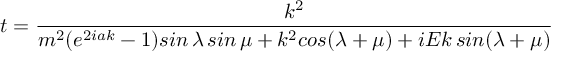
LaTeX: t = \frac { k ^ { 2 } } { m ^ { 2 } ( e ^ { 2 i a k } - 1 ) s i n \, \lambda \, s i n \, \mu + k ^ { 2 } c o s ( \lambda + \mu ) + i E k \, s i n ( \lambda + \mu ) }